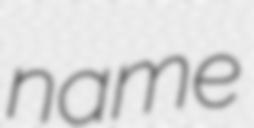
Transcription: name